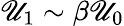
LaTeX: \mathscr{U}_{1}\sim\beta\mathscr{U}_{0}